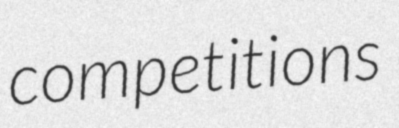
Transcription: competitions